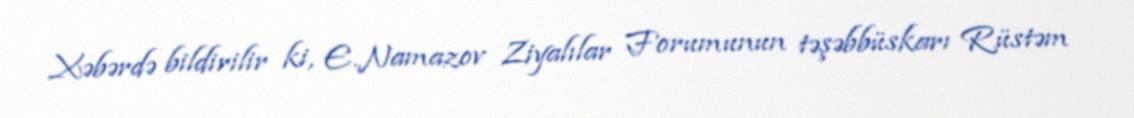
Xəbərdə bildirilir ki, E.Namazov Ziyalılar Forumunun təşəbbüskarı Rüstəm